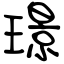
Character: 璟